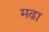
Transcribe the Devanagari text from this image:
मढा